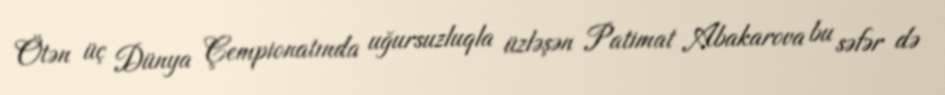
Ötən üç Dünya Çempionatında uğursuzluqla üzləşən Patimat Abakarova bu səfər də